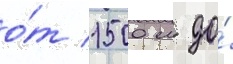
о́т 1500 м до́